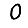
Digit: 0